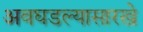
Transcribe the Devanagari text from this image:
अवघडल्यासारखे